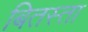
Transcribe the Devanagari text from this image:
बितस्ता